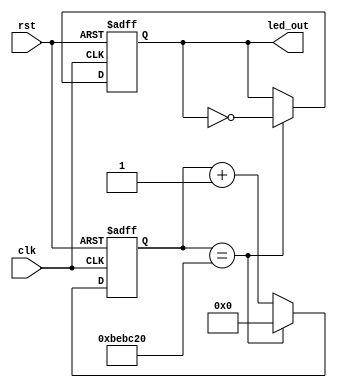
//--------------------------------------------------------------------------------------------------
//
// Title		: led_blink
// Design		: sig_acq
// Company		: xkf
// Description	: Blinking the led
//
//-------------------------------------------------------------------------------------------------

module led_blink(
	clk,
	rst,
	led_out
	);
	
input clk;
input rst;
output reg led_out;

reg pll_lock_d;
reg [24:0] cnt;

parameter LOW_LEN = 25'd12500000;
		
always @(posedge clk, negedge rst)
	if (!rst)
		led_out <= 1'b1;
	else if (cnt==LOW_LEN)
		led_out <= ~led_out;

always @(posedge clk, negedge rst)
	if (!rst)
		cnt <= 24'd0;
	else if (cnt==LOW_LEN)
		cnt <= 24'd0;
	else
		cnt <= cnt + 1'd1;	
		
endmodule